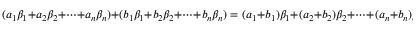
( a _ { 1 } \beta _ { 1 } + a _ { 2 } \beta _ { 2 } + \cdots + a _ { n } \beta _ { n } ) + ( b _ { 1 } \beta _ { 1 } + b _ { 2 } \beta _ { 2 } + \cdots + b _ { n } \beta _ { n } ) = ( a _ { 1 } + b _ { 1 } ) \beta _ { 1 } + ( a _ { 2 } + b _ { 2 } ) \beta _ { 2 } + \cdots + ( a _ { n } + b _ { n } ) \beta _ { n }